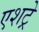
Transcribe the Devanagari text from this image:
एशट्रे